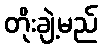
တိုးချဲ့မည်